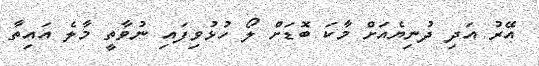
އޭރު އަދި ދުނިޔެއަށް މާކަ ބޮޑަށް ލޯ ހުޅުވިފައި ނުވާތީ މާލެ އައިތާ